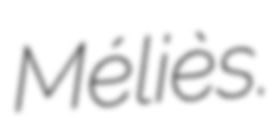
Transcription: Méliès.